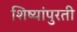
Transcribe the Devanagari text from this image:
शिष्यांपुरती